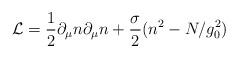
LaTeX: \begin{align*}{\cal L}=\frac{1}{2}\partial_\mu n\partial_\mu n +\frac{\sigma}{2}(n^2-N/g_0^2)\end{align*}